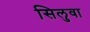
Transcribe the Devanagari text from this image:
सिलुवा